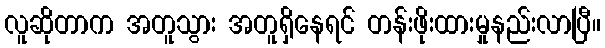
လူဆိုတာက အတူသွား အတူရှိနေရင် တန်းဖိုးထားမှုနည်းလာပြီ။